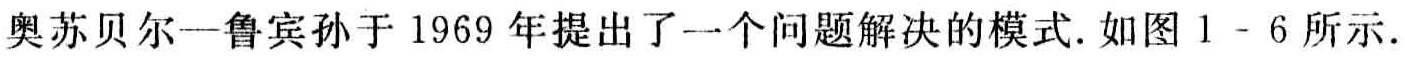
奥苏贝尔一鲁宾孙于 1969 年提出了一个问题解决的模式. 如图 1 - 6 所示.